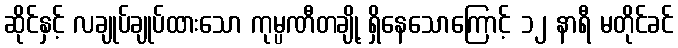
ဆိုင်နှင့် လချုပ်ချုပ်ထားသော ကုမ္ပဏီတချို့ ရှိနေသောကြောင့် ၁၂ နာရီ မတိုင်ခင်